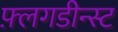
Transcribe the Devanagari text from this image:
फ़्लगडीन्स्ट